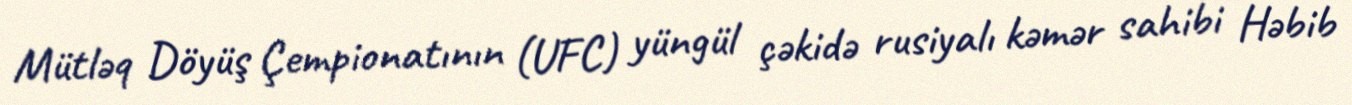
Mütləq Döyüş Çempionatının (UFC) yüngül çəkidə rusiyalı kəmər sahibi Həbib